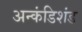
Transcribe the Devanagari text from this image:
अन्कंडिशंड